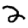
Digit: 2